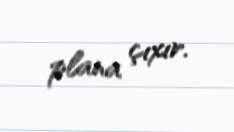
plana çıxır.